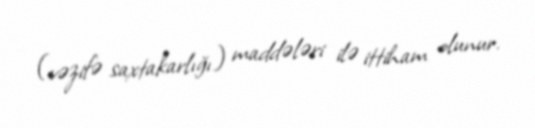
(vəzifə saxtakarlığı) maddələri ilə ittiham olunur.